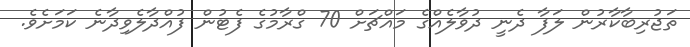
ތަޖުރިބާކާރުން ލަފާ ދެނީ ދުވާލެއްގެ މައްޗަށް 70 ގްރާމުގެ ފެޓުން ފުއްދާލެވިދާނެ ކަމަށެވެ.